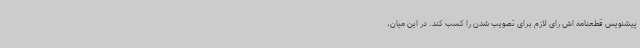
پیشنویس قطعنامه اش رای لازم برای تصویب شدن را کسب کند. در این میان،